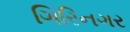
ગિરિનગર